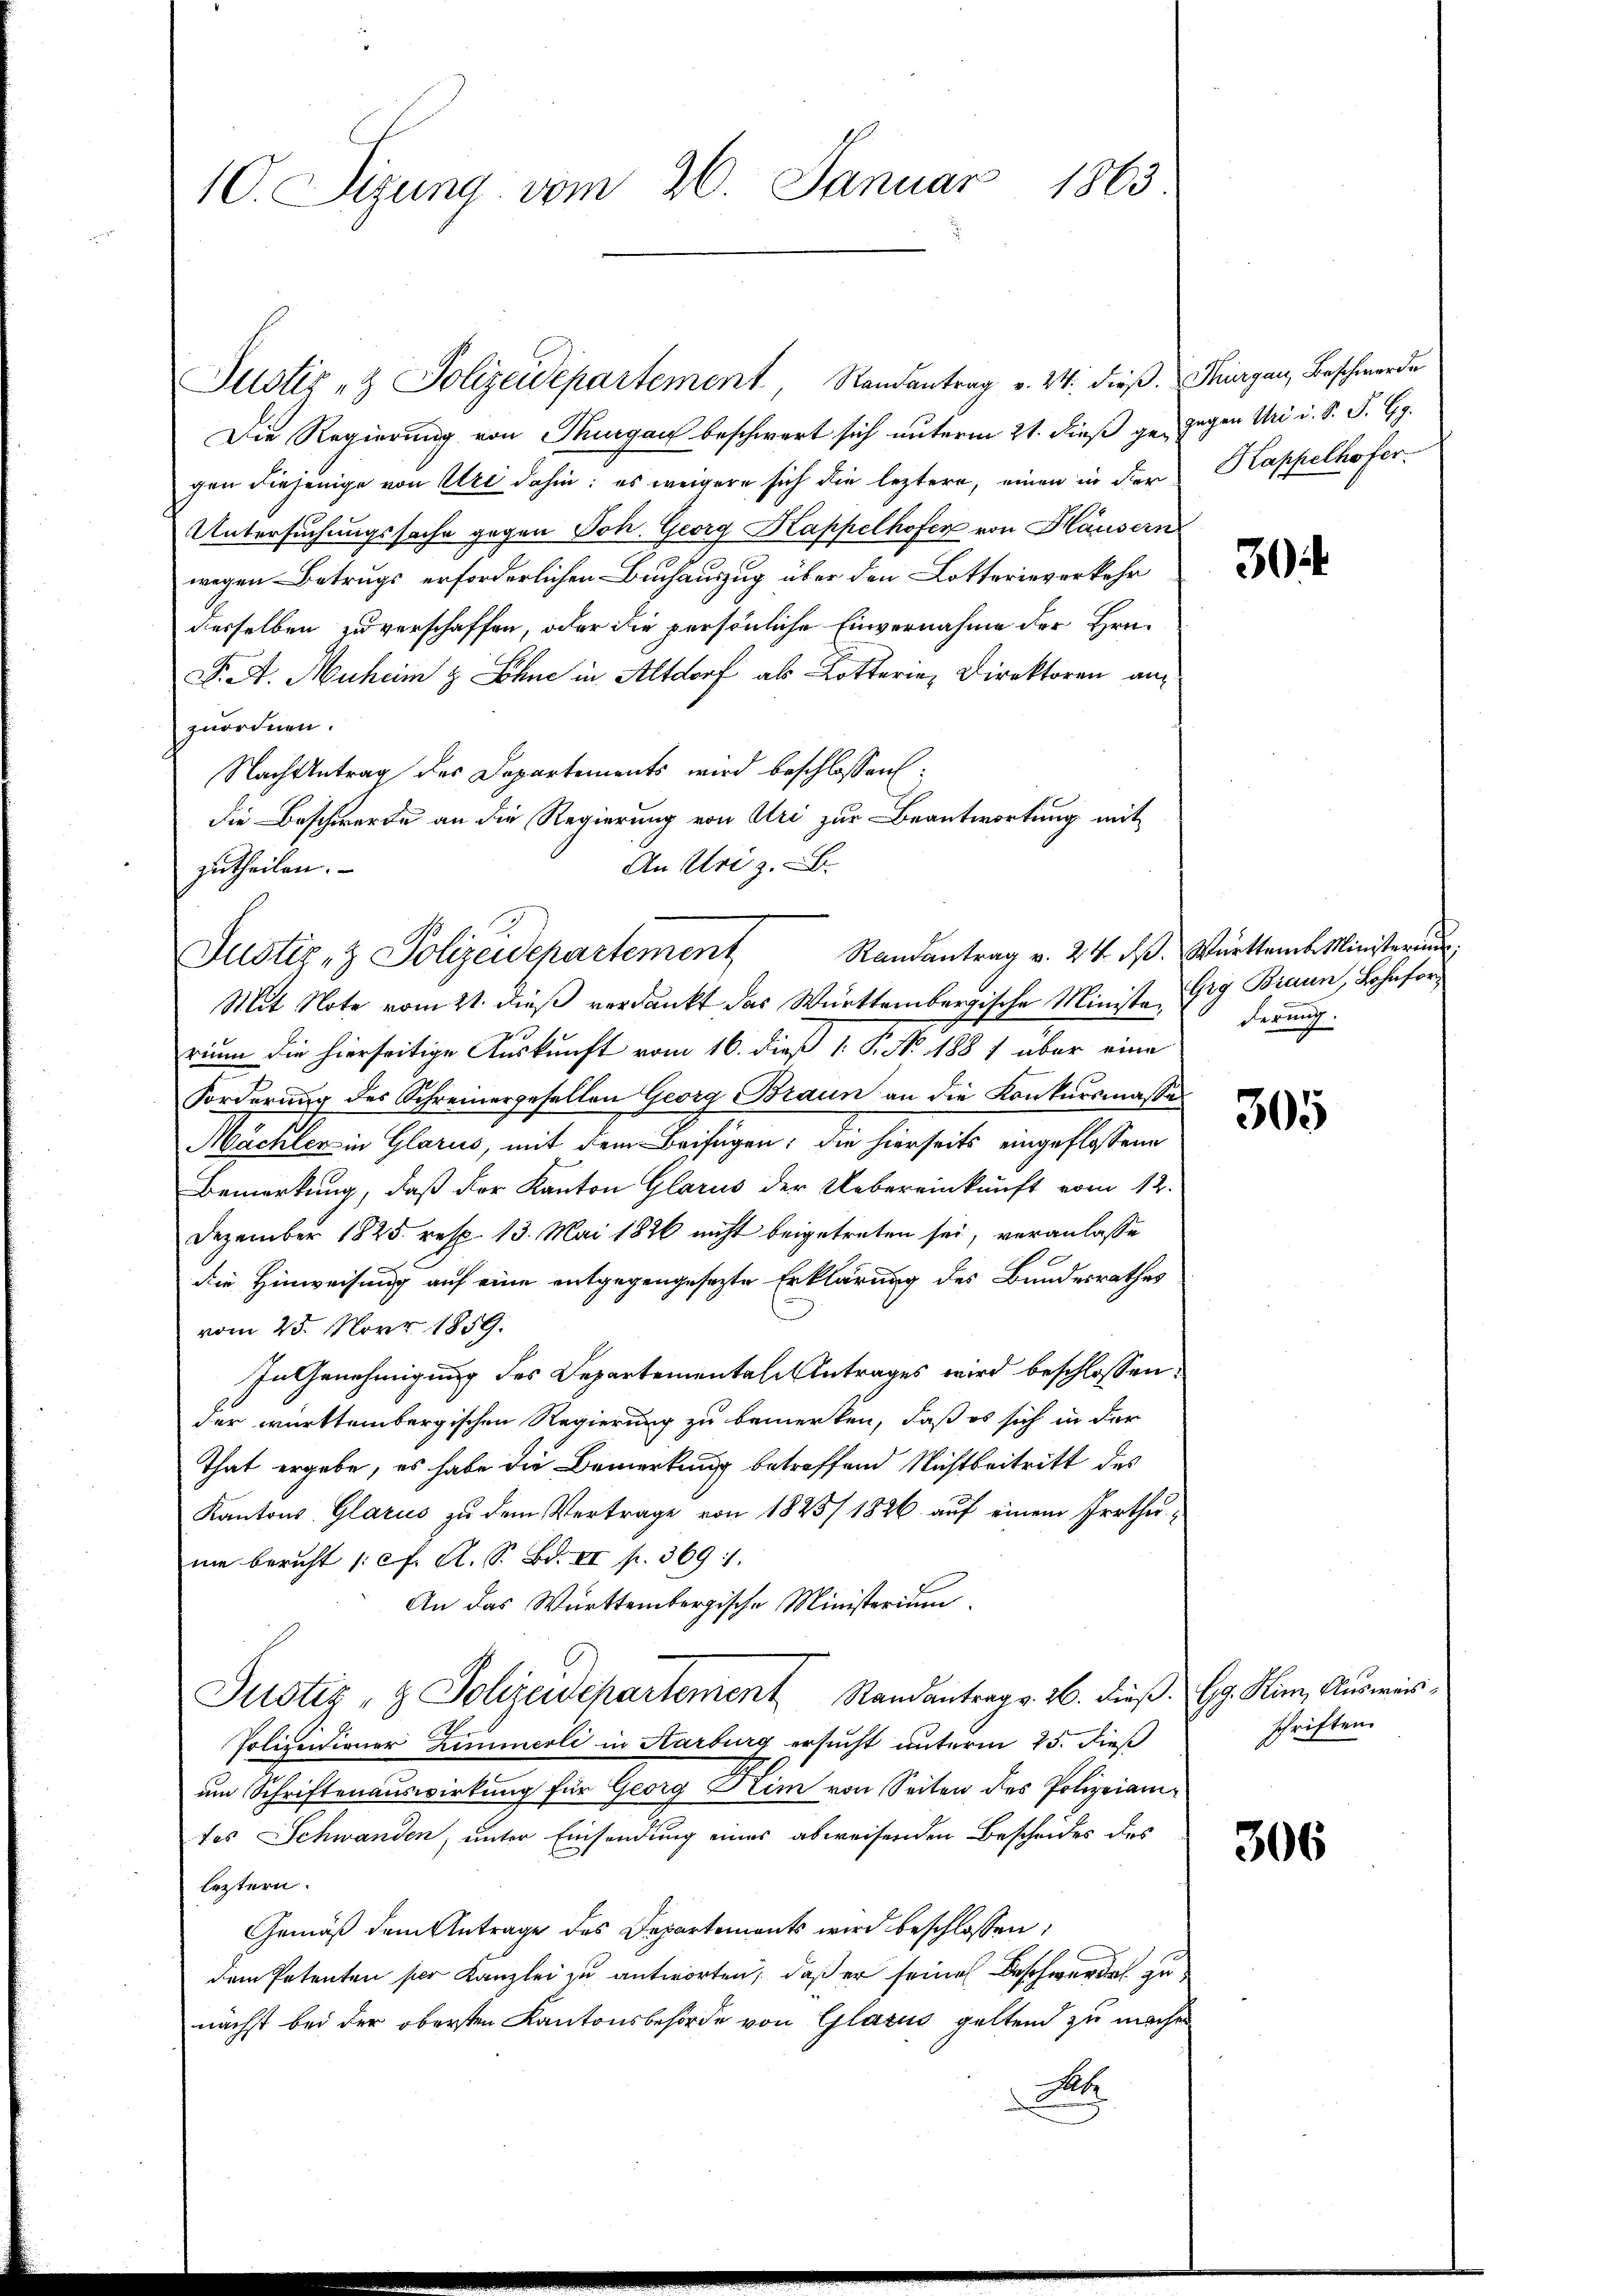
C. Sizung vom 26. Januar 1863

Die Regierung von Thurgau beschwert sich unterm 21. dieß ge- gegen Uri d. S. S. G.
gen diejenige von Uri dahin: es weigere sich die leztere, einen in der
Untersuchungssache gegen Joh. Georg Kappelhofer von Häusern
wegen Betrugs erforderlichen Buchauszug über den Lotterieverkehr
derselben zu verschaffen, oder die persönliche Einvernahme der Hrn.
F. A. Muheim & Söhne in Altdorf als Lotterin, Direktoren an
zuordnen.
Nach Antrag des Departements wird beschlossen
die Beschwerte an die Regierung von Uri zur Beantwortung mit
Mit Note vom 21. dieß verdankt das Württembergische Ministe Gry Braun, Lohnforrium die hierseitige Auskunft vom 16. dieß 1. P. No. 1881 aber eine
Forderung des Schreinergesellen Georg Braun an die Konkursmassen
Mächter in Glarus, mit dem Beifügen; die hierseits eingeflossene
Bemerkung, daß der Kanton Glarus der Uebereinkunft vom 12.
Dezember 1825. resp. 13. Mai 1826 nicht beigetreten sei, veranlasse
die Hinweisung auf eine entgegengesezte Erklärung des Bundesrathes
vom 25. Novr 1859.
In Genehmigung des Departementale Antrages wird beschlossen:
der württembergischen Regierung zu bemerken, daß es sich in der
That ergebe, es habe die Bemerkung betreffend Nichtbeitritt des
Kantons Glarus zu dem Vertrage von 1825/ 1826. auf einem Irrthunie bericht 1. cf. A. S. Bd. II p. 369 1
An das Württembergische Ministerium
Justiz- & Polizeidepartement Standantrags. 26. dieß.
Polizeidioner Zimmerli in Karburg ersucht unterm 25. dieß
um Schriftenauswirkung für Georg Rim von Seiten des Polizeiamtes Schwanden, unter Einsendung eines abweisenden Bescheides des
leztern.
Gemäß dem Antrage des Departements wird beschlossen:
dem Petenten ser Kanzlei zu antworten, daß er seine Beschwerden zunächst bei der obersten Kantonsbehörde von Glarus geltend zu machen
A

An Uri z. B.
zutheilen.
Justiz- & Polizeidepartement

Justiz- & Polizeidepartement, Randantrag v. 24. dieß. Thurgau, Beschwerde

Happelhofer.

304

Randantrag v. 24. d. Württemb. Ministeriu
derung.

305

Gg. Kim, Ausweis,
schriften.

306